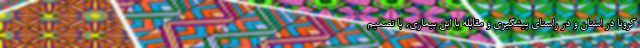
کرونا در استان و در راستای پیشگیری و مقابله با این بیماری، با تصمیم